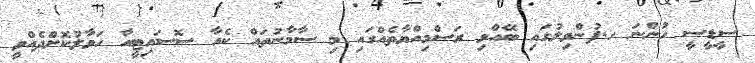
ސީޑީސީ ހުންނަ ހ.ފުންވިލުގައި ބޭއްވި ރަސްމިއްޔާތެއްގައި މި ސާމާނުތައް ކެއާ ސޮސައިޓީއާ ހަވާލުކޮށްދެއްވީ